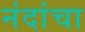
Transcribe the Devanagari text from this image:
नंदांचा